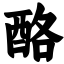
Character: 酪